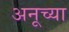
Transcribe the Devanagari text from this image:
अनूच्या